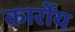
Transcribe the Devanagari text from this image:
कार्रोय